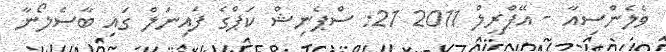
ވެލެންސިއާ - އޭޕްރީލް 2011 21: ސްޕެނިޝް ކަޕްގެ ފައިނަލް ގައި ބާސެލޯނާ